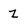
Character: z